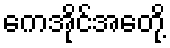
ကေအိုင်အေတို့